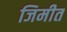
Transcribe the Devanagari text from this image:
जिमीत